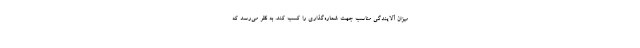
میزان آلایندگی مناسب جهت شماره‌گذاری را کسب کند. به نظر می‌رسد که